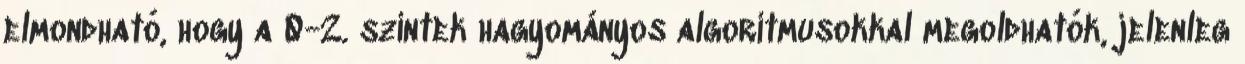
elmondható, hogy a 0-2. szintek hagyományos algoritmusokkal megoldhatók, jelenleg